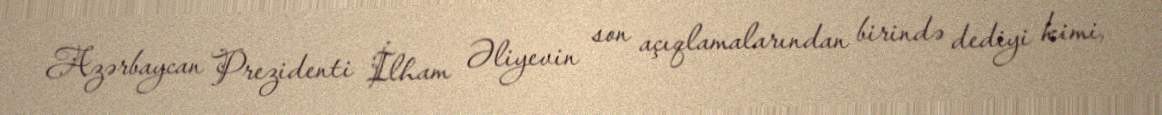
Azərbaycan Prezidenti İlham Əliyevin son açıqlamalarından birində dediyi kimi,